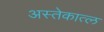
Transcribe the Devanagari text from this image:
अस्तेकात्ल